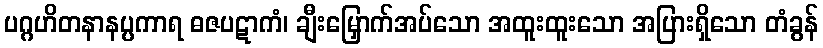
ပဂ္ဂဟိတနာနပ္ပကာရ ဓဇပဋာကံ၊ ချီးမြှောက်အပ်သော အထူးထူးသော အပြားရှိသော တံခွန်